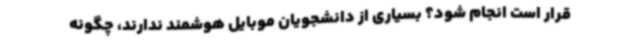
قرار است انجام شود؟ بسیاری از دانشجویان موبایل هوشمند ندارند، چگونه